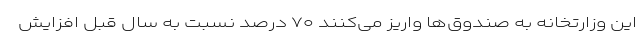
این وزارتخانه به صندوق‌ها واریز می‌کنند ۷۰ درصد نسبت به سال قبل افزایش